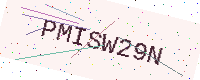
Text: PMISW29N